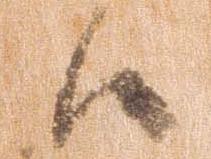
候